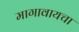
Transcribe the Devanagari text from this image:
मागावायचा